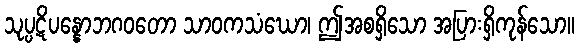
သုပ္ပဋိပန္နောဘဂဝတော သာဝကသံဃော၊ ဤအစရှိသော အပြားရှိကုန်သော။